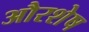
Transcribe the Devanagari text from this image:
औरशेष